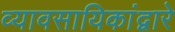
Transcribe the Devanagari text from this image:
व्यावसायिकांद्वारे